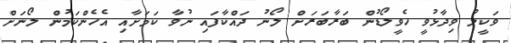
ވަކީލު ވިދާޅުވީ ހެވީލޯޑުން ބަރާބަރަށް ލޯނު ދައްކާފައި ނުވާ ކަމަށާއި އެހެންކަމުން ލޯނަށް